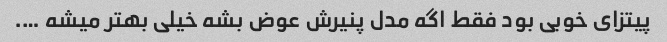
پیتزای خوبی بود فقط اگه مدل پنیرش عوض بشه خیلی بهتر میشه ….